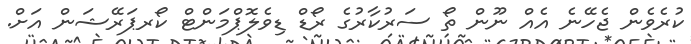
ކުރެވެން ޖެހޭނެ އެއް ނޫން ތޯ ސަރުކާރުގެ ރޯޑް ޑިވެލޮޕްމަންޓް ކޯރޕަރޭޝަން އަށް.